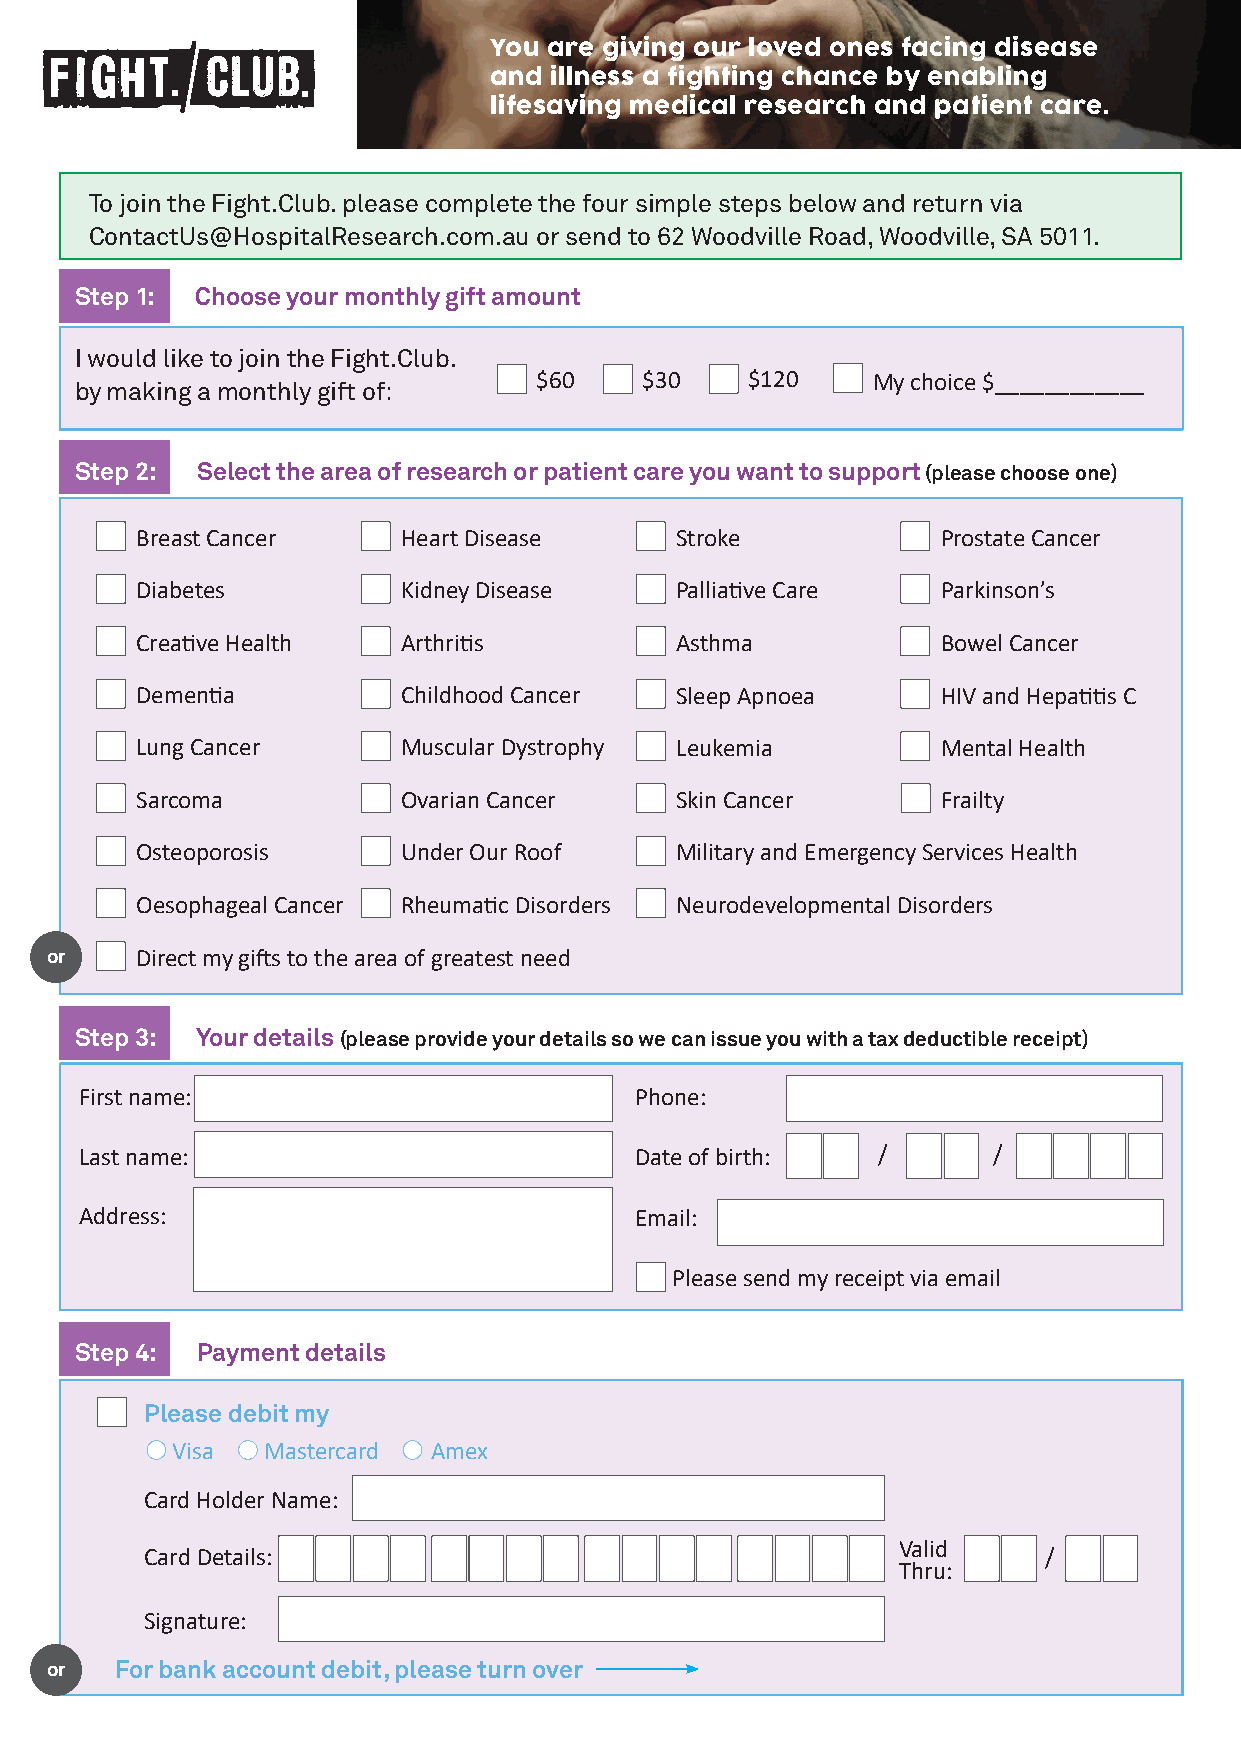
You are giving our loved ones facing disease
 and illnessII a ww fiaga hnn ttint tg o t co hsa th nocepe l bppyr esonsa atbvale intg el i cvaensc.er.
 lifesaving medical research and patient care.
 To join the Fight.Club. please complete the four simple steps below and return via
 ContactUs@HospitalResearch.com.au or send to 62 Woodville Road, Woodville, SA 5011.
 Step 1: Choose your monthly gift amount
 I would like to join the Fight.Club.
 $60     $30    $120    My choice $____________
 by making a monthly gift of:
 Step 2: Select the area of research or patient care you want to support (please choose one)
 Breast Cancer     Heart Disease     Stroke           Prostate Cancer
 Diabetes          Kidney Disease    Palliative Care  Parkinson’s
 Creative Health   Arthritis         Asthma           Bowel Cancer
 Dementia          Childhood Cancer  Sleep Apnoea     HIV and Hepatitis C
 Lung Cancer       Muscular Dystrophy Leukemia        Mental Health
 Sarcoma           Ovarian Cancer    Skin Cancer      Frailty
 Osteoporosis      Under Our Roof    Military and Emergency Services Health
 Oesophageal Cancer Rheumatic Disorders Neurodevelopmental Disorders
 or    Direct my gifts to the area of greatest need
 Step 3: Your details (please provide your details so we can issue you with a tax deductible receipt)
 First name:                          Phone:
 Last name:                           Date of birth:  /       /
 Address:                             Email:
 Please send my receipt via email
 Step 4: Payment details
 Please debit my
 Visa  Mastercard Amex
 Card Holder Name:
 Valid
 Card Details:                                              /
 Thru:
 Signature:
 or   For bank account debit, please turn over